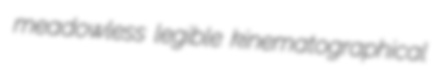
meadowless legible kinematographical